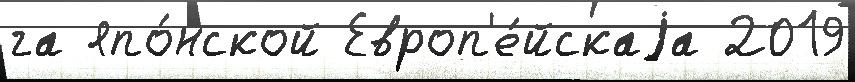
га япо́нской Европ'е́йскаjа 2019